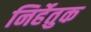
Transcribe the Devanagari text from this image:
निर्हेतुक